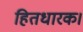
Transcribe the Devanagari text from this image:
हितधारक।